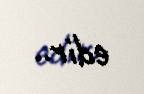
edir..